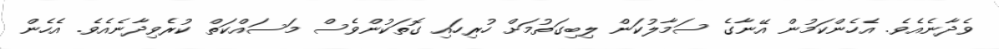
ވެދާނެއެވެ. އެހެންކަމުން އޭނާގެ ސަމާލުކަން ލިބިގަތުމަށް ހުރިހައި ގޮތަކުންވެސް މަސައްކަތް ކުރެވިދާނެއެވެ. އެހެން